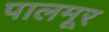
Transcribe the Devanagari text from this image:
पालमूर